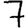
Digit: 7